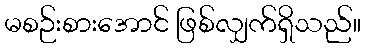
မစဉ်းစားအောင် ဖြစ်လျှက်ရှိသည်။